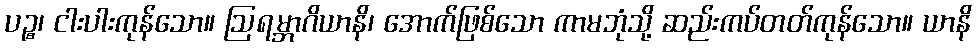
ပဉ္စ၊ ငါးပါးကုန်သော။ ဩရမ္ဘာဂိယာနိ၊ အောက်ဖြစ်သော ကာမဘုံသို့ ဆည်းကပ်တတ်ကုန်သော။ ယာနိ